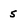
Character: 5